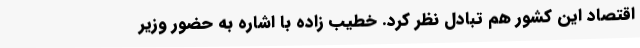
اقتصاد این کشور هم تبادل نظر کرد. خطیب زاده با اشاره به حضور وزیر